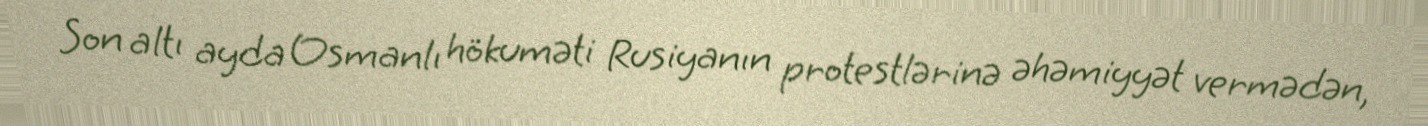
Son altı ayda Osmanlı hökuməti Rusiyanın protestlərinə əhəmiyyət vermədən,